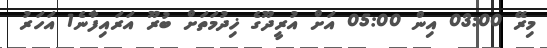
މިރޭ 03:00 އިން 05:00 އަށް އުރީދޫގެ ޚިދުމަތަށް ބުރޫ އަރައިފާނެ1 އަހަރު